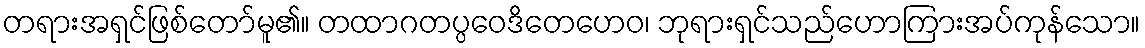
တရားအရှင်ဖြစ်တော်မူ၏။ တထာဂတပ္ပဝေဒိတေဟေဝ၊ ဘုရားရှင်သည်ဟောကြားအပ်ကုန်သော။